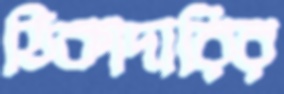
ঠিকাদারির